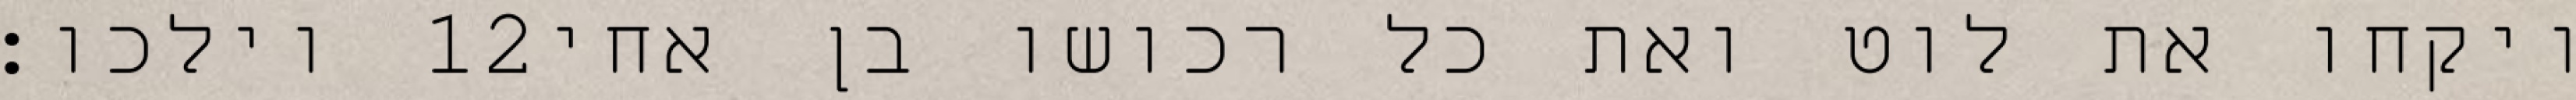
וילכו׃ ‎12‏ ויקחו את לוט ואת כל רכושו בן אחי